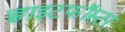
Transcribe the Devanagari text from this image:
ह्वाइटफॉस्टर